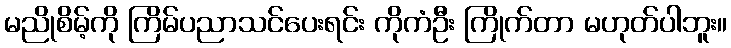
မညိုစိမ့်ကို ကြိမ်ပညာသင်ပေးရင်း ကိုကံဦး ကြိုက်တာ မဟုတ်ပါဘူး။